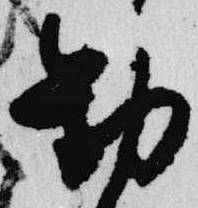
勧